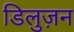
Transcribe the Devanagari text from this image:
डिलुज़न